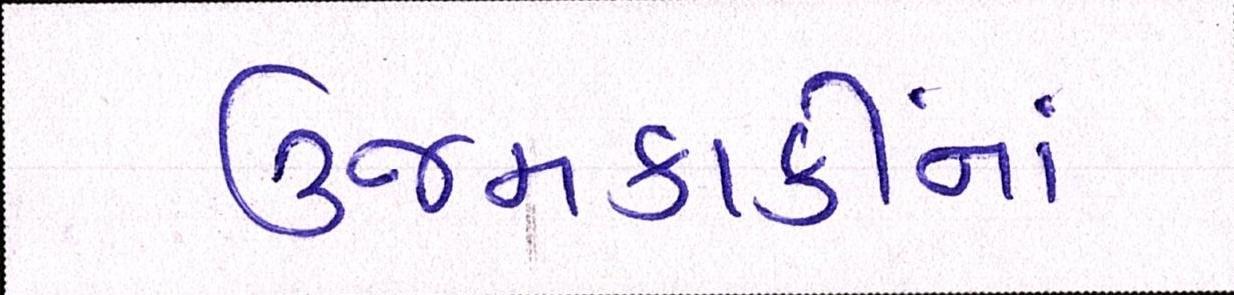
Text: ઉજમકાકીનાં